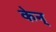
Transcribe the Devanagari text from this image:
केन्